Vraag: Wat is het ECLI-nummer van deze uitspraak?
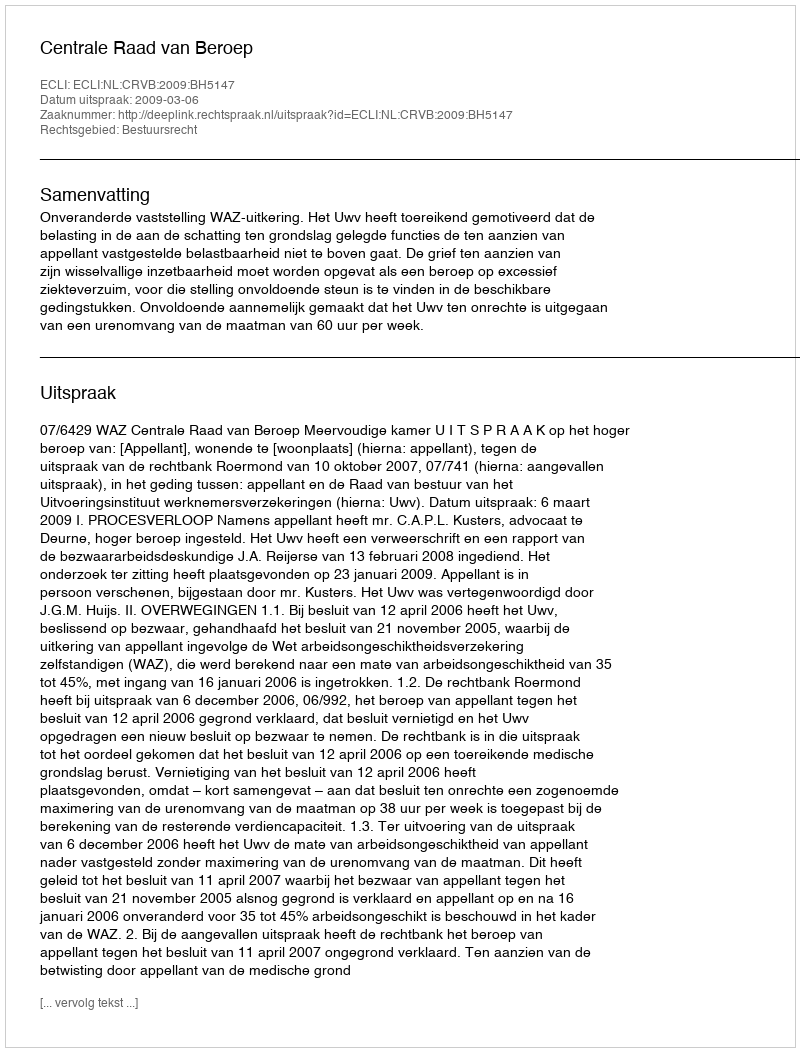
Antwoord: ECLI:NL:CRVB:2009:BH5147